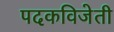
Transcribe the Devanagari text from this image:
पदकविजेती